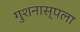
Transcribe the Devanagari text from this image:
गुशनास्पला